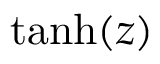
\operatorname { t a n h } ( z )